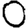
Digit: 0